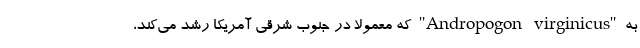
به "Andropogon virginicus" که معمولا در جنوب شرقی آمریکا رشد می‌کند،